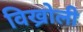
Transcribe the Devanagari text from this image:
विख्रोली